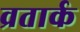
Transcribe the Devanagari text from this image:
व्रतार्क